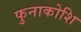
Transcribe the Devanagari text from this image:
फुनाकोशि